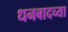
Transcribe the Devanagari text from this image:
धनबादच्या